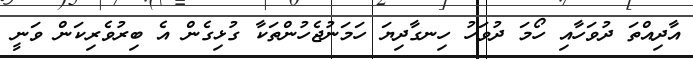
އާދިއްތަ ދުވަހާއި ހޯމަ ދުވަހު ހިނގާދިޔަ ހަމަނުޖެހުންތަކާ ގުޅިގެން އެ ބިރުވެރިކަން ވަނީ